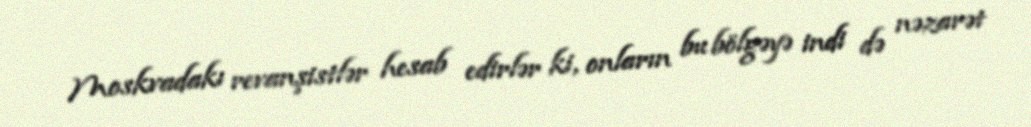
Moskvadakı revanşistlər hesab edirlər ki, onların bu bölgəyə indi də nəzarət